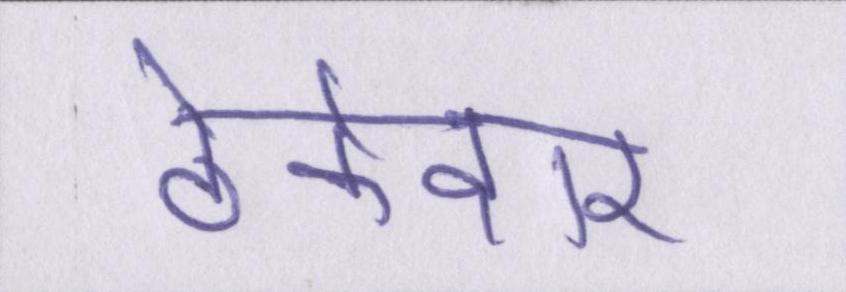
ठेकेदार